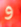
و